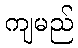
ကျမည်